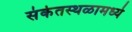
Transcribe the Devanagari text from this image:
संकेतस्थळामध्ये